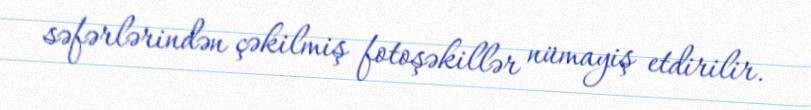
səfərlərindən çəkilmiş fotoşəkillər nümayiş etdirilir.